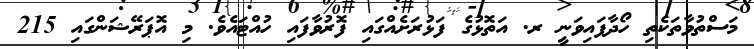
މަސްތުވާތަކެތި ހޯދާފައިވަނީ ރ. އަތޮޅުގެ ފަޅުރަށެއްގައި ފޮރުވާފައި ހުއްޓައެވެ. މި އޮޕަރޭޝަންގައި 215